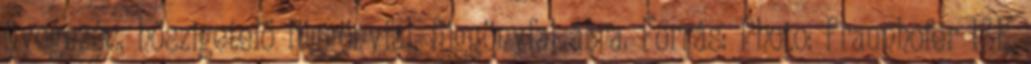
üvegezés, hőszigetelő függönyfal, függönyfal ábra. Forrás: Photo: Fraunhofer ISE,